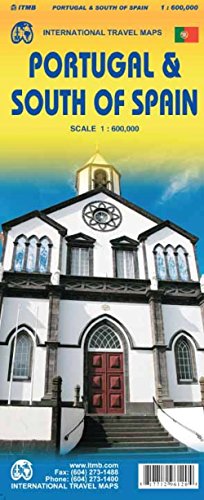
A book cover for Portugal & South of Spain 1:600,000 Travel Reference Map; ITMB Publishing LTD; Travel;